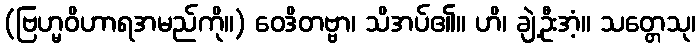
(ဗြဟ္မဝိဟာရအမည်ကို။) ဝေဒိတဗ္ဗာ၊ သိအပ်၏။ ဟိ၊ ချဲ့ဦးအံ့။ သတ္တေသု၊